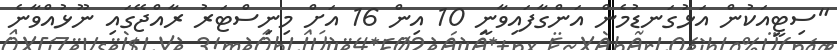
"ސިޓީއަކުން އަޅުގަނޑުމެން އަންގާފައިވާނީ 10 އިން 16 އަށް މިނިސްޓަރު ރާއްޖޭގައި ނޫޅުއްވާނެ